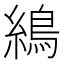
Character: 𦄋